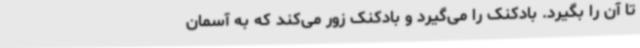
تا آن را بگیرد. بادکنک را می‌گیرد و بادکنک زور می‌کند که به آسمان